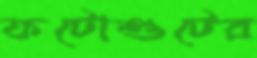
ফটোশুটের